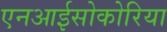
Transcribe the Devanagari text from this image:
एनआईसोकोरिया